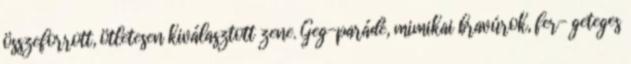
összeforrott, ötletesen kiválasztott zene. Geg-parádé, mimikai bravúrok, fer- geteges